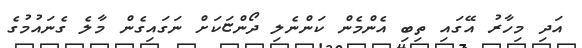
އަދި މިހާރު އޭގައި ތިބި އެންމެން ކަންނެލި ދޯންޏަކަށް ނަގައިގެން މާލެ ގެނައުމުގެ